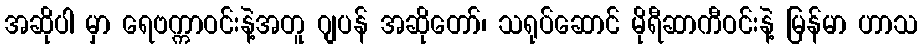
အဆိုပါ မှာ ရေဗက္ကာဝင်းနဲ့အတူ ဂျပန် အဆိုတော်၊ သရုပ်ဆောင် မိုရီဆာကီဝင်းနဲ့ မြန်မာ ဟာသ